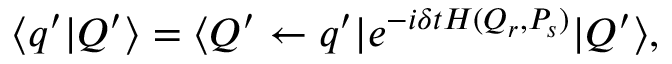
\langle q ^ { \prime } | Q ^ { \prime } \rangle = \langle Q ^ { \prime } \leftarrow q ^ { \prime } | e ^ { - i \delta t H ( Q _ { r } , P _ { s } ) } | Q ^ { \prime } \rangle ,